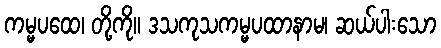
ကမ္မပထေ၊ တို့ကို။ ဒသကုသကမ္မပထာနာမ၊ ဆယ်ပါးသော